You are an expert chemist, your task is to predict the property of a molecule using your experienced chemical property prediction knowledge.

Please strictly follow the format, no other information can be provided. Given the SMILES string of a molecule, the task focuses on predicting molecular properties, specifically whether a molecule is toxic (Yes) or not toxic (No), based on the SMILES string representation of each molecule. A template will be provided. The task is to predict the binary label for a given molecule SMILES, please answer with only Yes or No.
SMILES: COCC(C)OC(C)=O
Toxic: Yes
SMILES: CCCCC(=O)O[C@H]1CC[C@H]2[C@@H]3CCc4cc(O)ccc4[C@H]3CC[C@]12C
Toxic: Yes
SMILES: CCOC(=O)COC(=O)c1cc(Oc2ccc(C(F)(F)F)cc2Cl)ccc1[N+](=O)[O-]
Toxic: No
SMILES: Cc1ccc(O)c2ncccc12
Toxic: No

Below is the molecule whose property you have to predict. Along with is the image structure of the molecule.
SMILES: [Ba+2]
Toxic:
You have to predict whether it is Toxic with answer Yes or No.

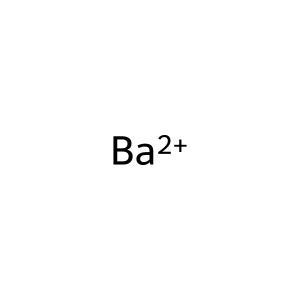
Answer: No